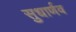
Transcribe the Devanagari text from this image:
सुधार्णव